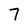
Character: 7